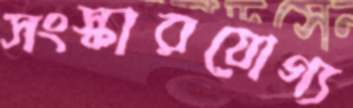
সংস্কারযোগ্য